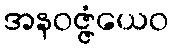
အနဝဇ္ဇံယေဝ